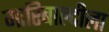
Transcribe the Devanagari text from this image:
गारिबाल्दीला